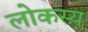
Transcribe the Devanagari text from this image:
लोकस्य